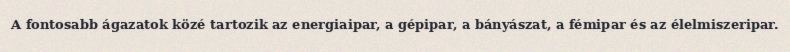
A fontosabb ágazatok közé tartozik az energiaipar, a gépipar, a bányászat, a fémipar és az élelmiszeripar.